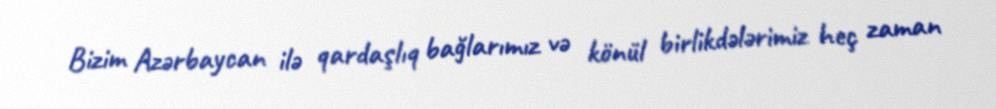
Bizim Azərbaycan ilə qardaşlıq bağlarımız və könül birlikdələrimiz heç zaman